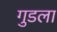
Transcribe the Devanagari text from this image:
गुडला